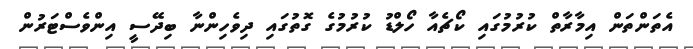
އެތަންތަން އިމާރާތް ކުރުމުގައި ކޯޗެއާ ހޯލްޑު ކުރުމުގެ ގޮތުގައި ދިވެހިންނާ ބިދޭސީ އިންވެސްޓަރުން